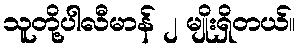
သူတို့ပါလီမာန် ၂ မျိုးရှိတယ်။